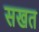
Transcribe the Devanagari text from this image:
सखत